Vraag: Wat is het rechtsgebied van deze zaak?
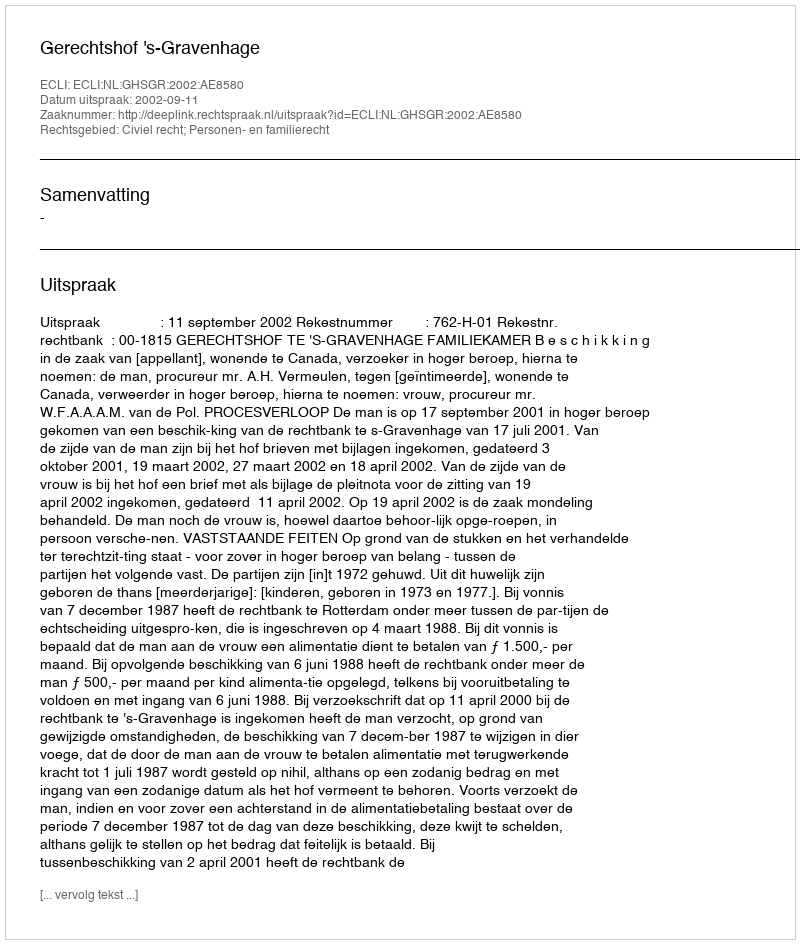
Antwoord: Civiel recht; Personen- en familierecht